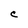
Character: C